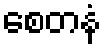
စေတနံ